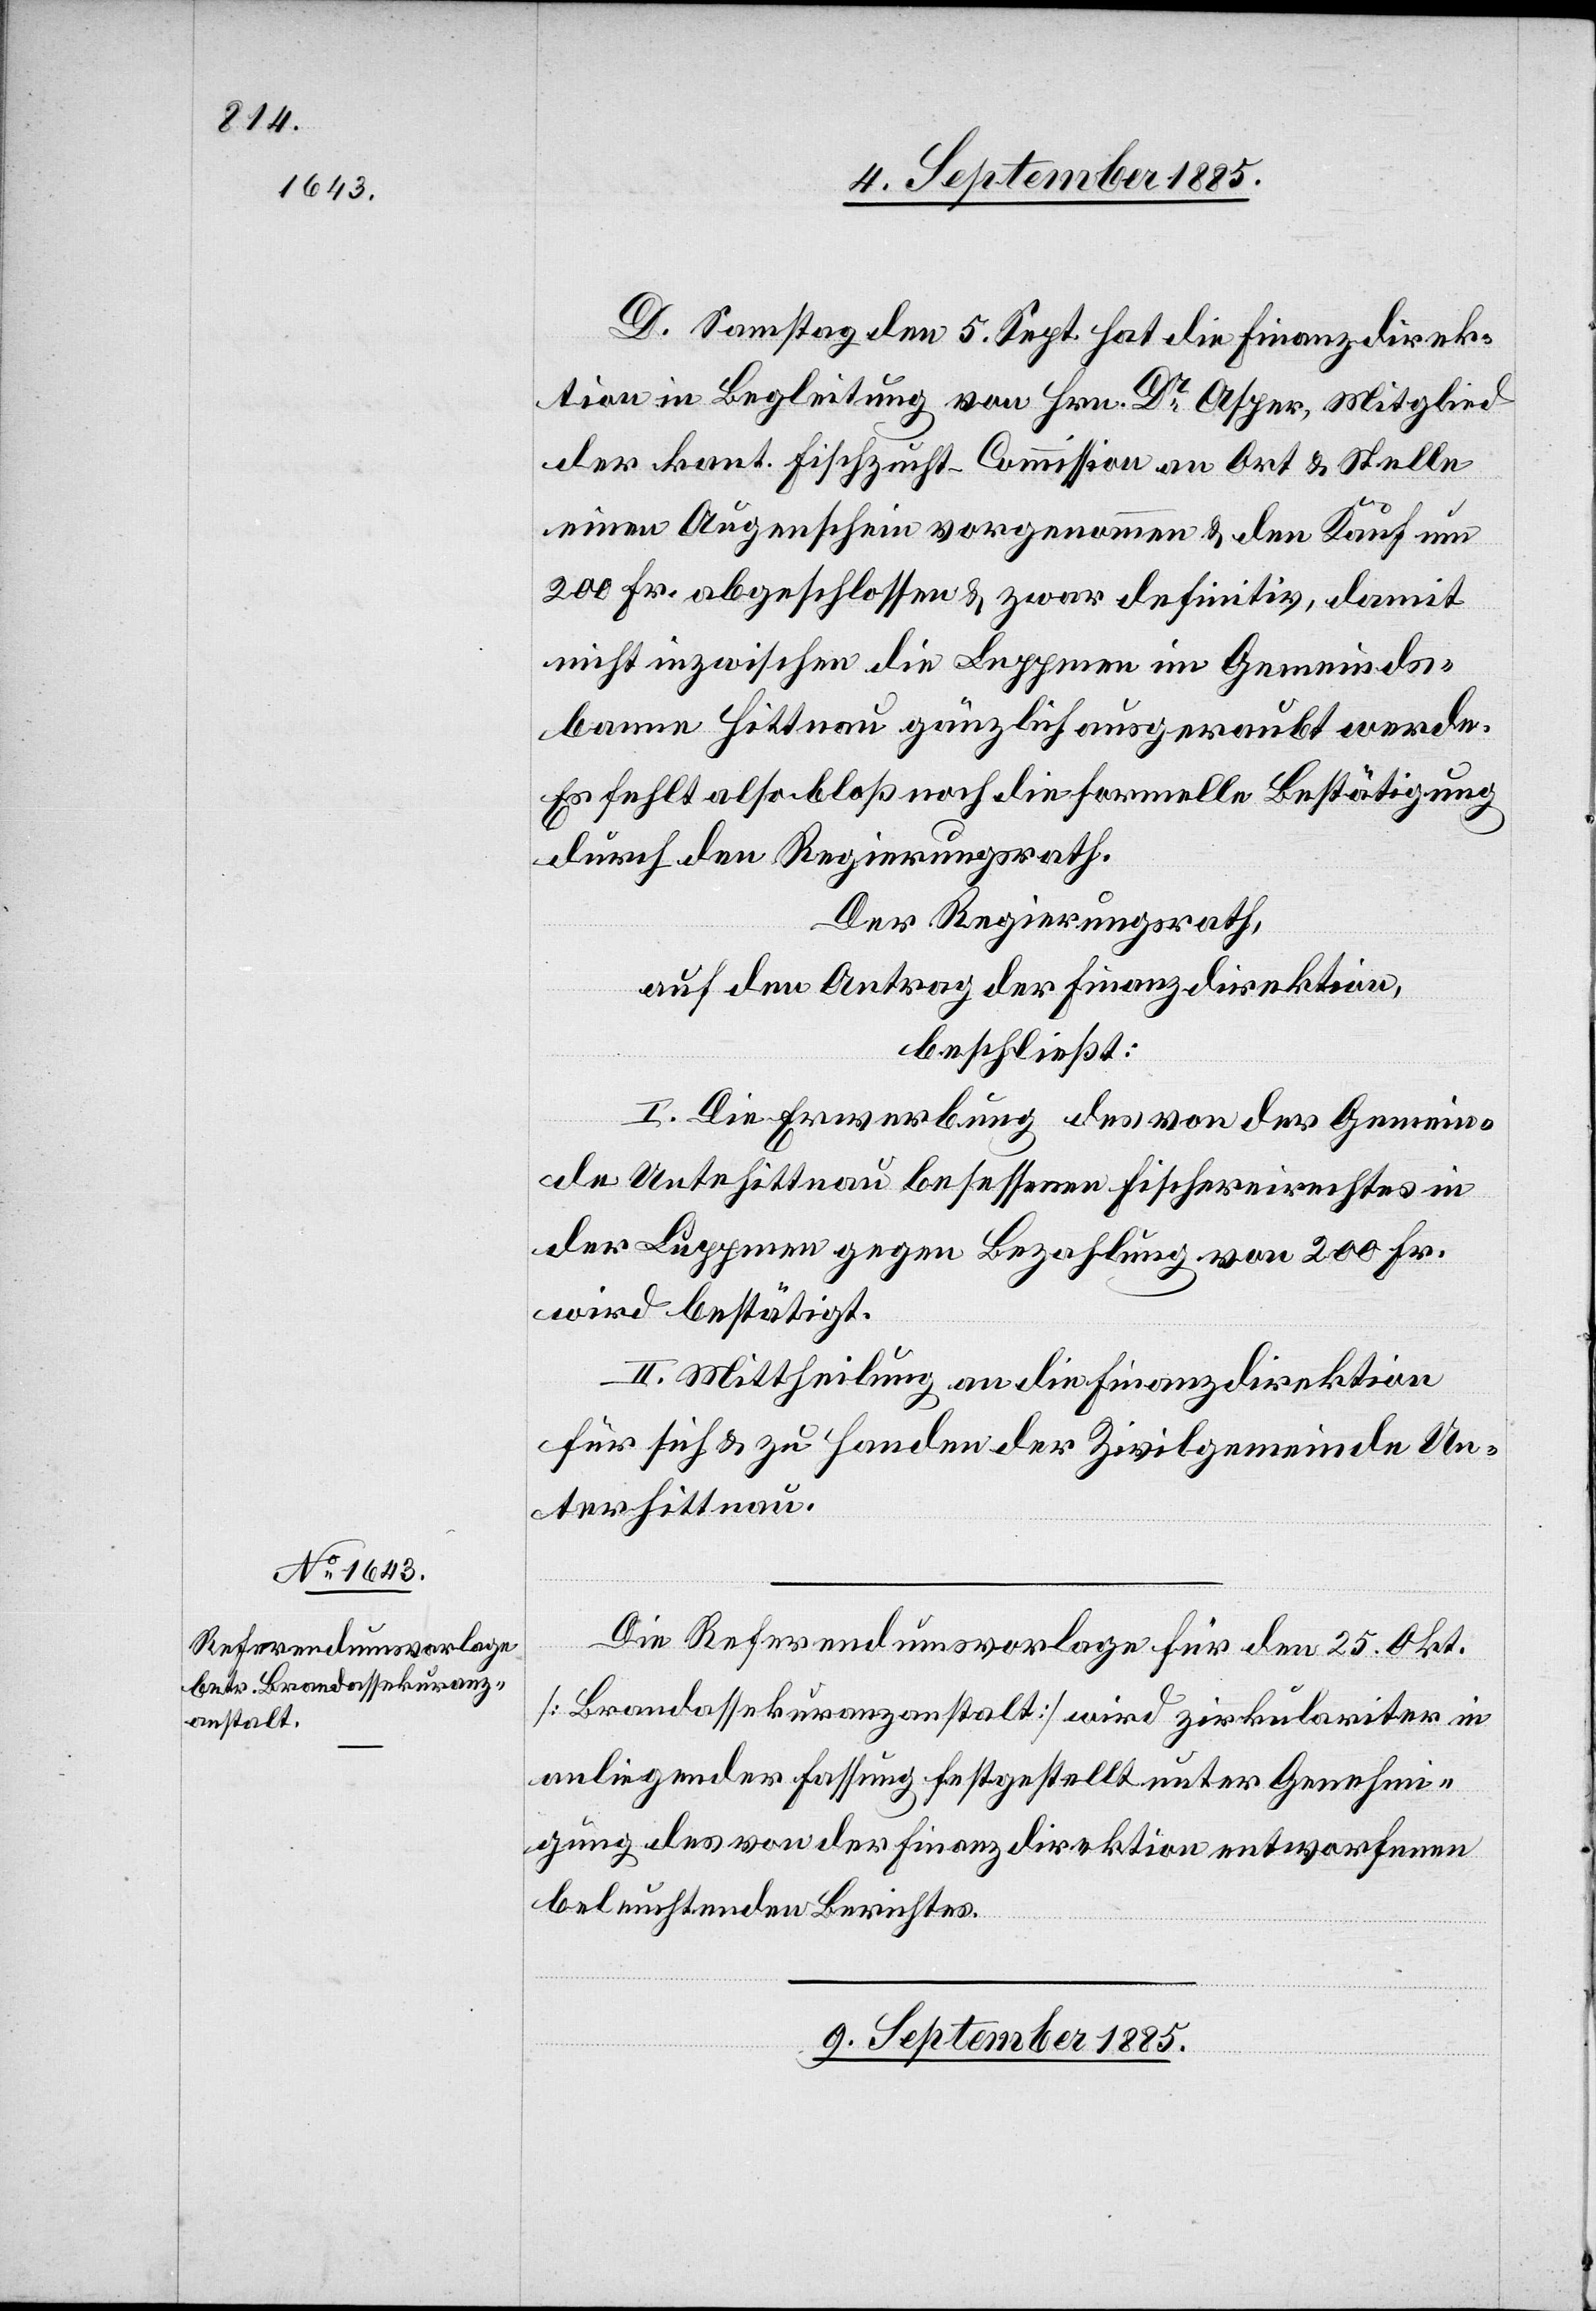
D. Samstag den 5. Sept. hat die Finanzdirek¬
tion in Begleitung von Hrn. Dr Asper, Mitglied
der kant. Fischzucht-Commission an Ort & Stelle
einen Augenschein vorgenommen & den Kauf um
200 Fr. abgeschlossen & zwar definitiv, damit
nicht inzwischen die Luppmen im Gemeinds¬
banne Hittnau gänzlich ausgeraubt werde.
Es fehlt also bloß noch die formelle Bestätigung
durch den Regierungsrath.
Der Regierungsrath,
auf den Antrag der Finanzdirektion,
beschließt:
I. Die Erwerbung des von der Gemein¬
de Unte[r]hittnau besessenen Fischereirechtes in
der Luppmen gegen Bezahlung von 200 Fr.
wird bestätigt.
II. Mittheilung an die Finanzdirektion
für sich & zu Handen der Zivilgemeinde Un¬
terhittnau.
Die Referendumsvorlage für den 25. Okt.
[Brandassekuranzanstalt] wird zirkulariter in
anliegender Fassung festgestellt unter Genehmi¬
gung des von der Finanzdirektion entworfenen
beleuchtenden Berichtes.
9. September 1885.